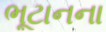
ભૂટાનના